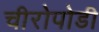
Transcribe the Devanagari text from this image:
चीरोपोडी